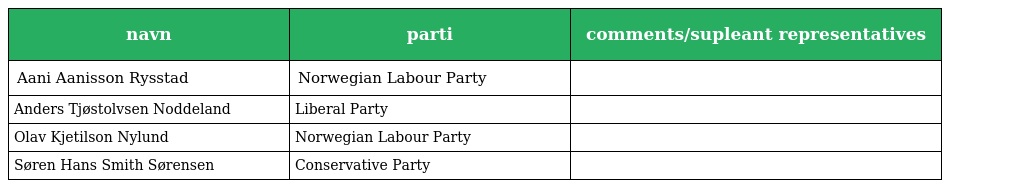
| navn | parti | comments/supleant representatives |
 | --- | --- | --- |
 | Aani Aanisson Rysstad | Norwegian Labour Party |  |
 | Anders Tjøstolvsen Noddeland | Liberal Party |  |
 | Olav Kjetilson Nylund | Norwegian Labour Party |  |
 | Søren Hans Smith Sørensen | Conservative Party |  |